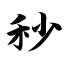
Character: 秒